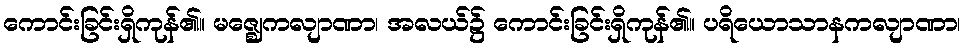
ကောင်းခြင်းရှိကုန်၏။ မဇ္ဈေကလျာဏာ၊ အလယ်၌ ကောင်းခြင်းရှိကုန်၏။ ပရိယောသာနကလျာဏာ၊